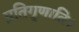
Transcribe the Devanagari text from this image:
प्रतिगृणाति।